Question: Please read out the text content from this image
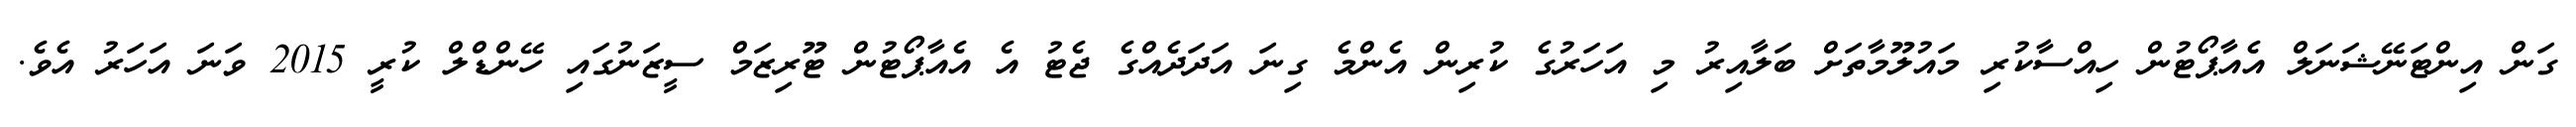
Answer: ގަން އިންޓަނޭޝަނަލް އެއާޕޯޓުން ހިއްސާކުރި މައުލޫމާތަށް ބަލާއިރު މި އަހަރުގެ ކުރިން އެންމެ ގިނަ އަދަދެއްގެ ޖެޓު އެ އެއާޕޯޓުން ޓޫރިޒަމް ސީޒަނުގައި ހޭންޑްލް ކުރީ 2015 ވަނަ އަހަރު އެވެ.